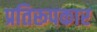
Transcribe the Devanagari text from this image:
प्रतिरूपकार